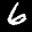
Label: 6